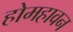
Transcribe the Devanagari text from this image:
होमहावन